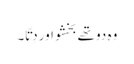
وہ دو تھے بخشو اور دِتّا ۔